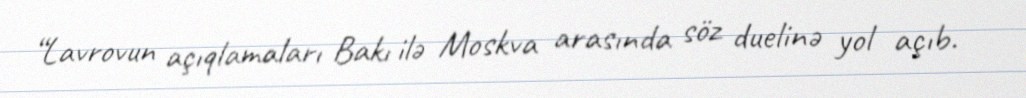
“Lavrovun açıqlamaları Bakı ilə Moskva arasında söz duelinə yol açıb.